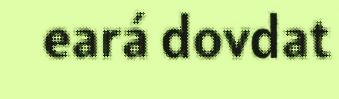
eará dovdat